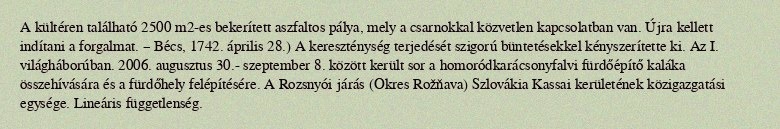
A kültéren található 2500 m2-es bekerített aszfaltos pálya, mely a csarnokkal közvetlen kapcsolatban van. Újra kellett indítani a forgalmat. – Bécs, 1742. április 28.) A kereszténység terjedését szigorú büntetésekkel kényszerítette ki. Az I. világháborúban. 2006. augusztus 30.- szeptember 8. között került sor a homoródkarácsonyfalvi fürdőépítő kaláka összehívására és a fürdőhely felépítésére. A Rozsnyói járás (Okres Rožňava) Szlovákia Kassai kerületének közigazgatási egysége. Lineáris függetlenség.